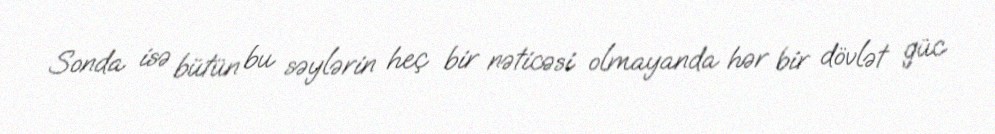
Sonda isə bütün bu səylərin heç bir nəticəsi olmayanda hər bir dövlət güc